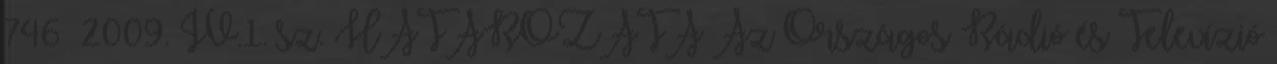
746 2009. IV.1. sz. HATÁROZATA Az Országos Rádió és Televízió